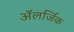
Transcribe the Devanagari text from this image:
अॅलर्जिक